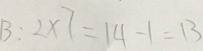
B : 2 \times 7 = 1 4 - 1 = 1 3